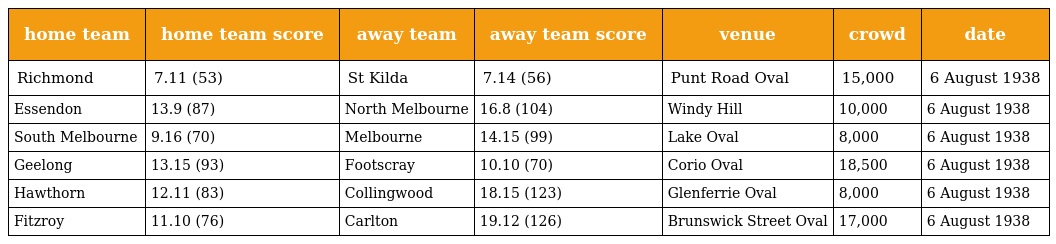
| home team | home team score | away team | away team score | venue | crowd | date |
 | --- | --- | --- | --- | --- | --- | --- |
 | Richmond | 7.11 (53) | St Kilda | 7.14 (56) | Punt Road Oval | 15,000 | 6 August 1938 |
 | Essendon | 13.9 (87) | North Melbourne | 16.8 (104) | Windy Hill | 10,000 | 6 August 1938 |
 | South Melbourne | 9.16 (70) | Melbourne | 14.15 (99) | Lake Oval | 8,000 | 6 August 1938 |
 | Geelong | 13.15 (93) | Footscray | 10.10 (70) | Corio Oval | 18,500 | 6 August 1938 |
 | Hawthorn | 12.11 (83) | Collingwood | 18.15 (123) | Glenferrie Oval | 8,000 | 6 August 1938 |
 | Fitzroy | 11.10 (76) | Carlton | 19.12 (126) | Brunswick Street Oval | 17,000 | 6 August 1938 |